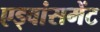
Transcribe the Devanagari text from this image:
एड्वांसमेंट